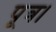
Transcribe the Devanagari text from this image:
पूत्र।